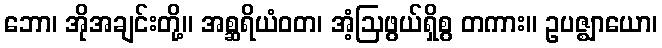
ဘော၊ အိုအချင်းတို့။ အစ္ဆရိယံဝတ၊ အံ့ဩဖွယ်ရှိစွ တကား။ ဥပဇ္ဈာယော၊